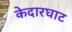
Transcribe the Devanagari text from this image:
केदारघाट